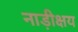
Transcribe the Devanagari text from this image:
नाड़ीक्षय